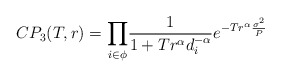
\begin{align*}CP_3(T,r) =\underset{i \in \phi}\prod \frac{1}{1+T r^\alpha d_i^{-\alpha} }e^{-T r^{\alpha}\frac{\sigma^2}{P}} \end{align*}